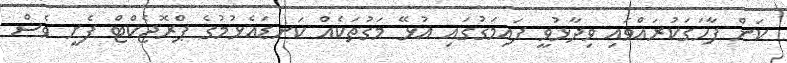
ކަން ފާހަގަކުރައްވައި ވިދާޅުވީ ފައިމަގުގައި އުޅޭ މަގުތަކެއް ކަނޑައެޅުމުގެ ޕްރޮޖެކްޓް ފެށީ ވެސް